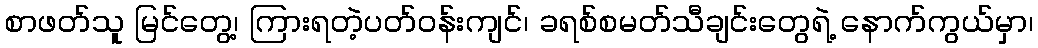
စာဖတ်သူ မြင်တွေ့၊ ကြားရတဲ့ပတ်၀န်းကျင်၊ ခရစ်စမတ်သီချင်းတွေရဲ့ နောက်ကွယ်မှာ၊